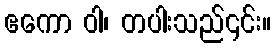
ဧကော ဝါ၊ တပါးသည်၎င်း။